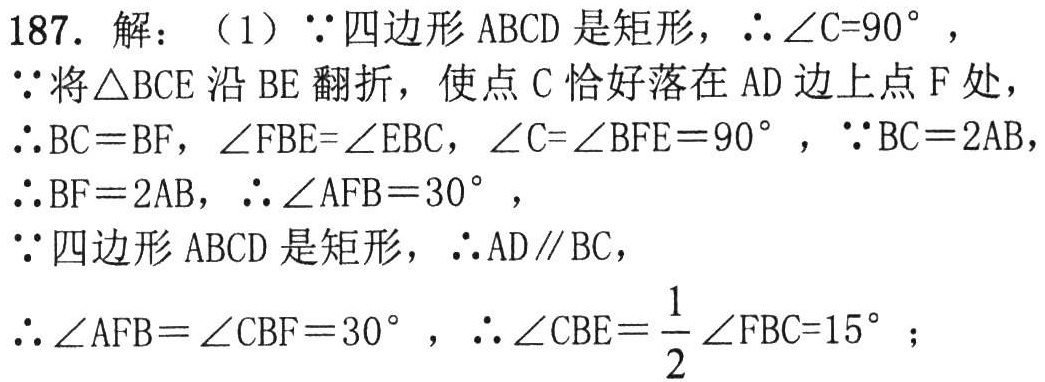
187. 解：（1）\(\because\)四边形\(ABCD\)是矩形，\(\therefore\angle C = 90^{\circ}\)，

\(\because\)将\(\triangle BCE\)沿\(BE\)翻折，使点\(C\)恰好落在\(AD\)边上点\(F\)处，

\(\therefore BC = BF\)，\(\angle FBE=\angle EBC\)，\(\angle C=\angle BFE = 90^{\circ}\)，\(\because BC = 2AB\)，

\(\therefore BF = 2AB\)，\(\therefore\angle AFB = 30^{\circ}\)，

\(\because\)四边形\(ABCD\)是矩形，\(\therefore AD\parallel BC\)，

\(\therefore\angle AFB=\angle CBF = 30^{\circ}\)，\(\therefore\angle CBE=\frac{1}{2}\angle FBC = 15^{\circ}\)；